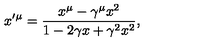
x ^ { \prime } { } ^ { \mu } = \frac { x ^ { \mu } - \gamma ^ { \mu } x ^ { 2 } } { 1 - 2 \gamma x + \gamma ^ { 2 } x ^ { 2 } } ,